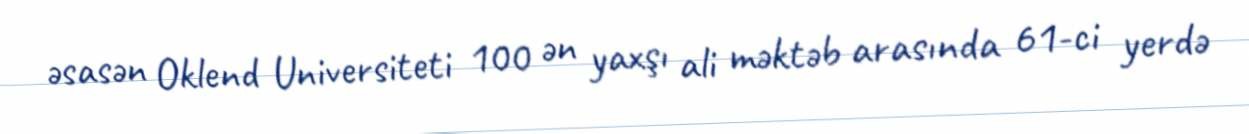
əsasən Oklend Universiteti 100 ən yaxşı ali məktəb arasında 61-ci yerdə